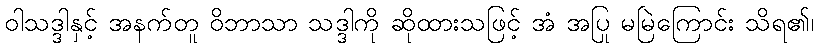
ဝါသဒ္ဒါနှင့် အနက်တူ ဝိဘာသာ သဒ္ဒါကို ဆိုထားသဖြင့် အံ အပြု မမြဲကြောင်း သိရ၏၊